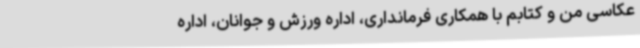
عکاسی من و کتابم با همکاری فرمانداری، اداره ورزش و جوانان، اداره